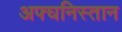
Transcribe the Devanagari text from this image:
अफ्घनिस्तान